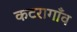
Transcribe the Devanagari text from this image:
कटरागाँव